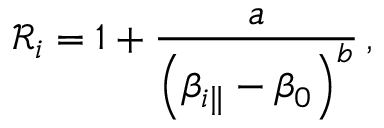
\mathcal { R } _ { i } = 1 + \frac { a } { \left( \beta _ { i \parallel } - \beta _ { 0 } \right) ^ { b } } \, ,